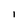
Character: i